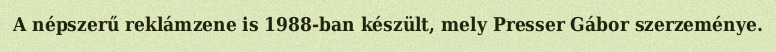
A népszerű reklámzene is 1988-ban készült, mely Presser Gábor szerzeménye.